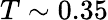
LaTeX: T\sim 0.35